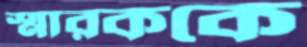
স্মারককে